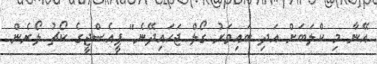
އޭނާ މި ކްލަބަށް އަދި ބައިވަރު ގޯލް ޖަހައިދޭނެ" ޕީއެސްޖީގެ ކޯޗު ލޯރެން